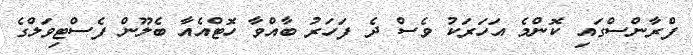
ފްރާންސްގައި ކޮންމެ އަހަރަކު ވެސް ދެ ފަހަރު ބާއްވާ ހޮޓްއެއާ ބެލޫން ފެސްޓިވަލްގެ